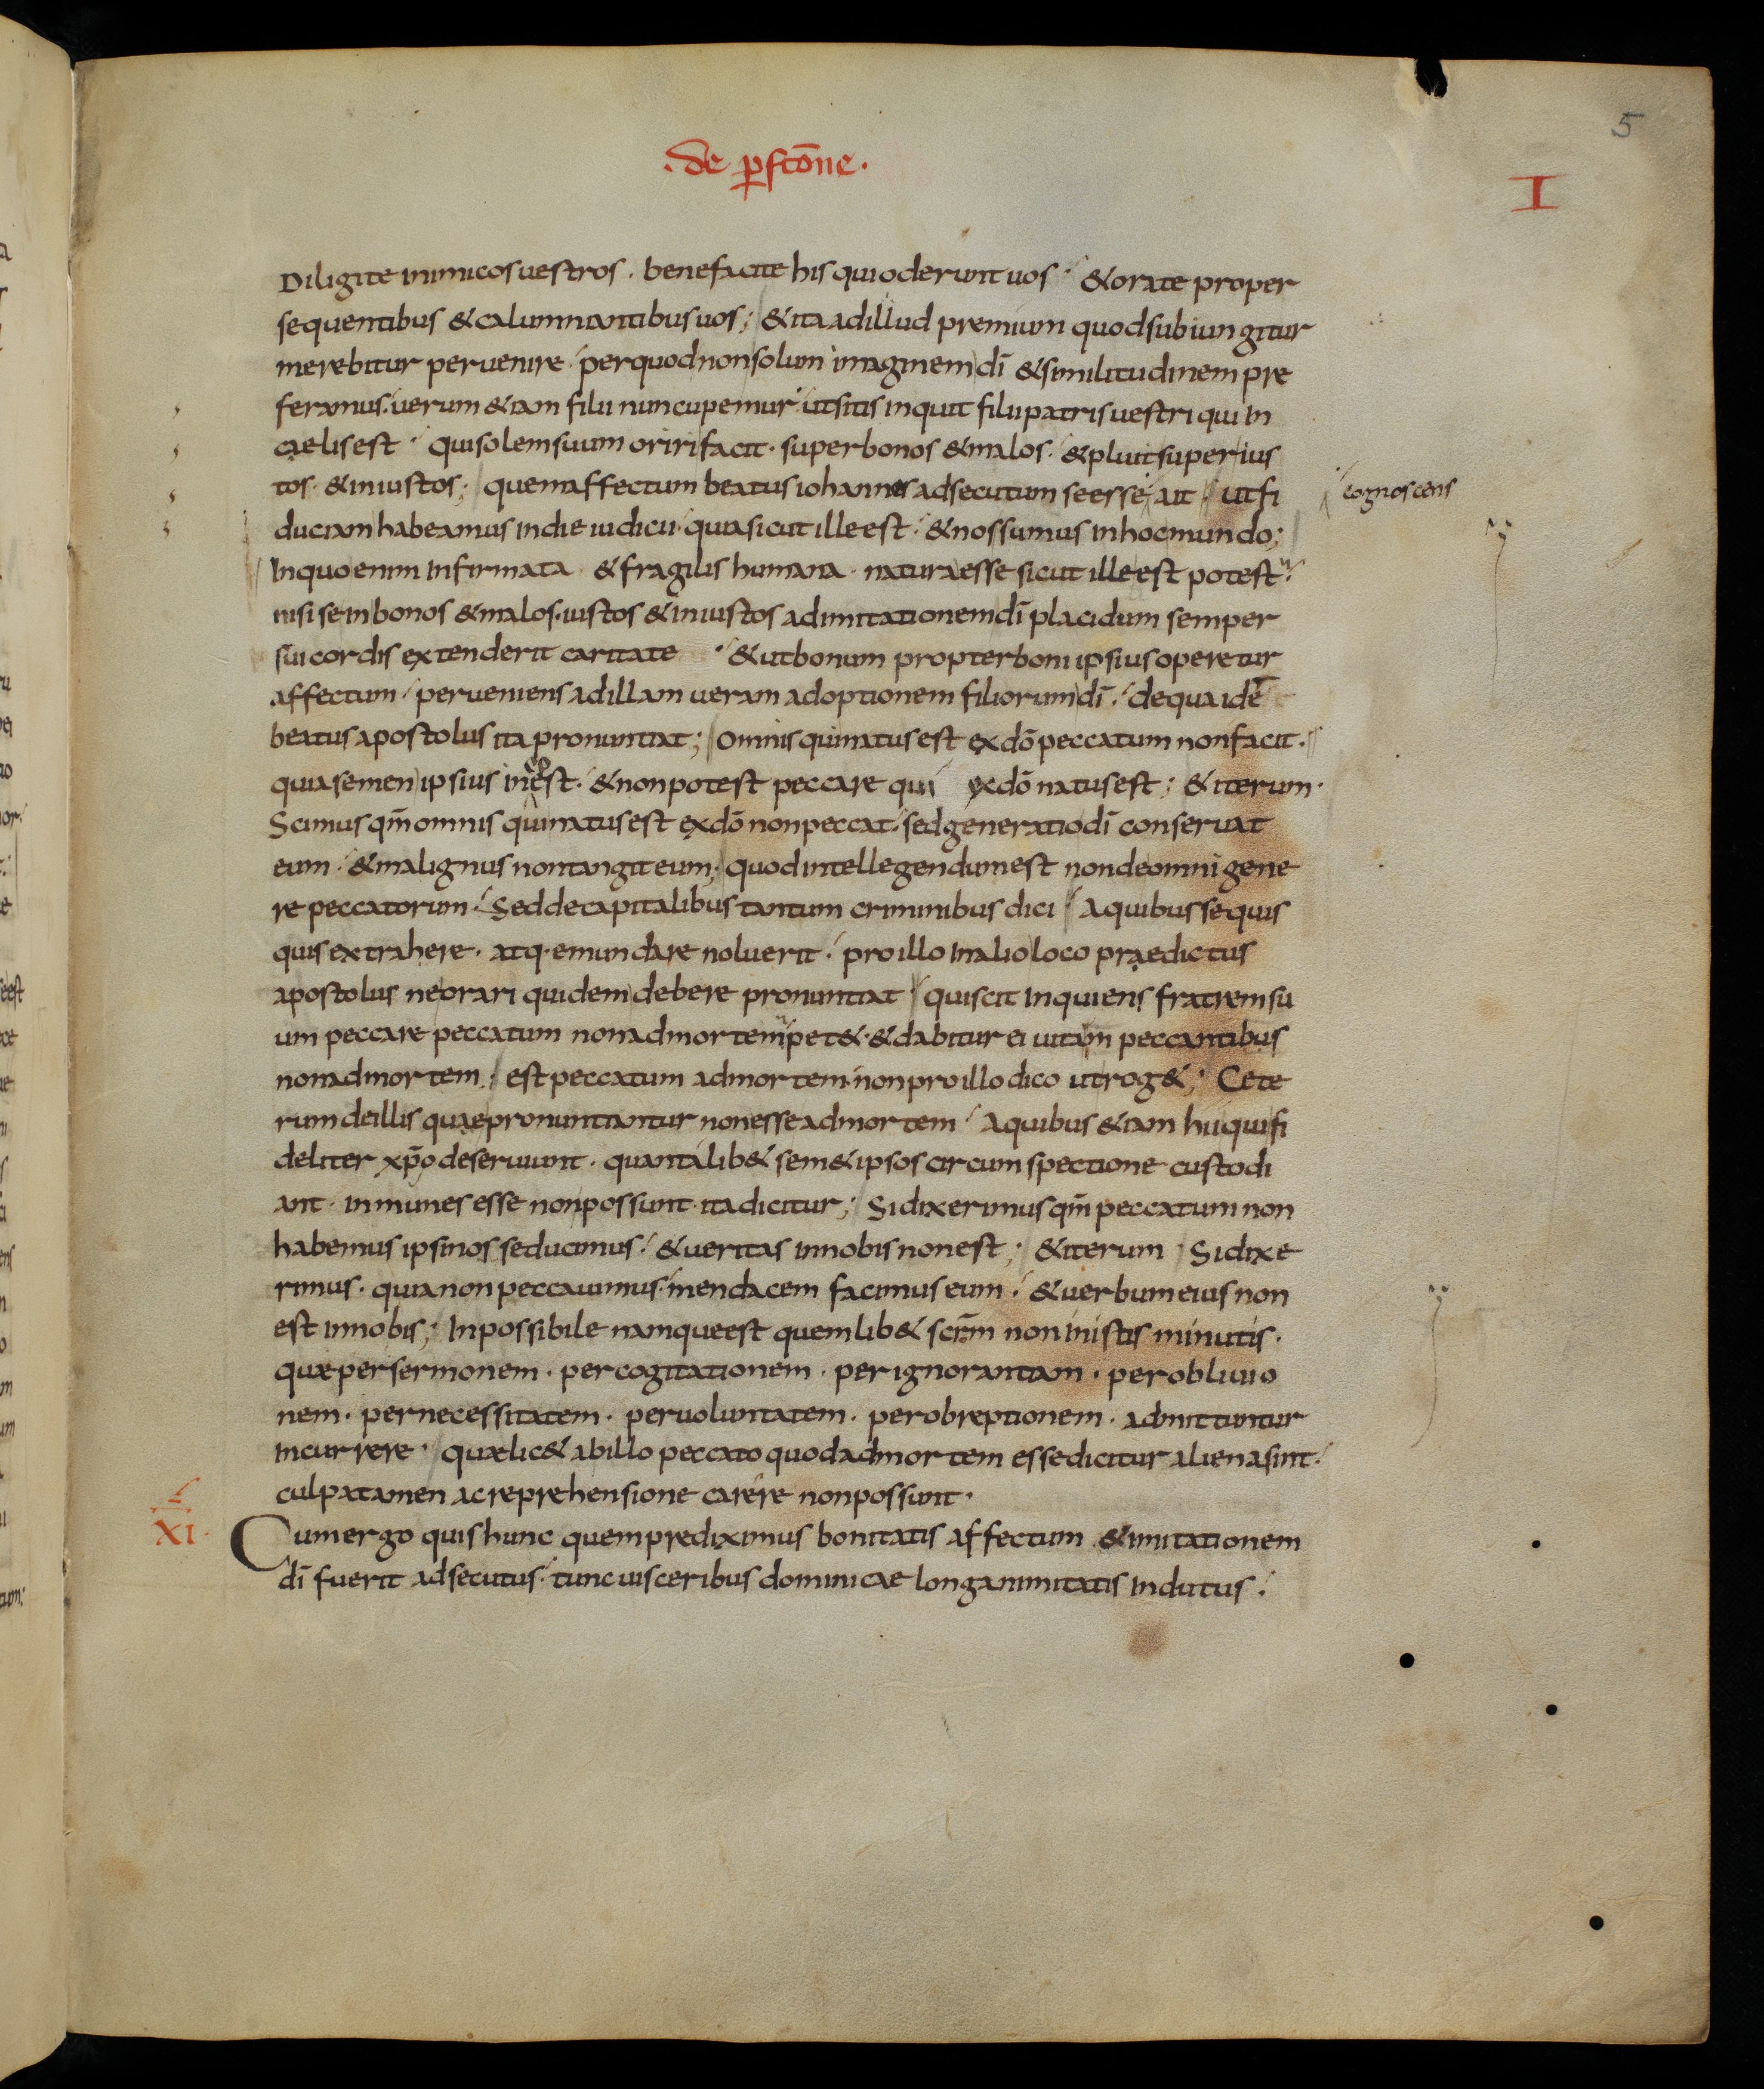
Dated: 833–865